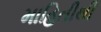
માહિતીથી